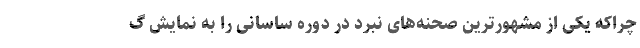
چراکه یکی از مشهورترین صحنه‌های نبرد در دوره ساسانی را به نمایش گ